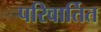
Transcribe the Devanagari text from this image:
परिवार्तित